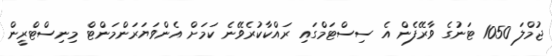
ޖުމްލަ 1050 ޓަނުގެ ވާރޭފެން އެ ސިސްޓަމްގައި ރައްކާކުރެވޭނެ ކަމަށް އެންވަޔަރަންމަންޓް މިނިސްޓްރީން